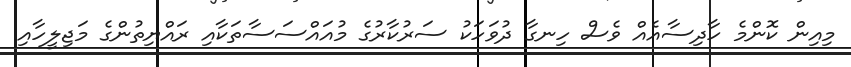
މިއިން ކޮންމެ ހާދިސާއެއް ވެސް ހިނގާ ދުވަހަކު ސަރުކާރުގެ މުއައްސަސާތަކާއި ރައްޔިތުންގެ މަޖިލީހާއި